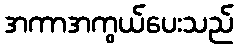
အကာအကွယ်ပေးသည်